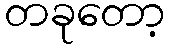
တခုတော့